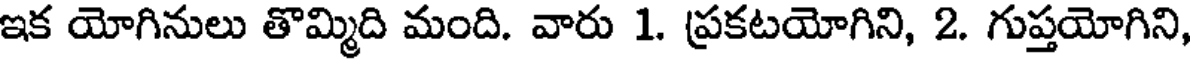
ఇక యోగినులు తొమ్మిది మంది. వారు 1. ప్రకటయోగిని, 2. గుప్తయోగిని,